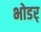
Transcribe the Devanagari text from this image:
भोडर्